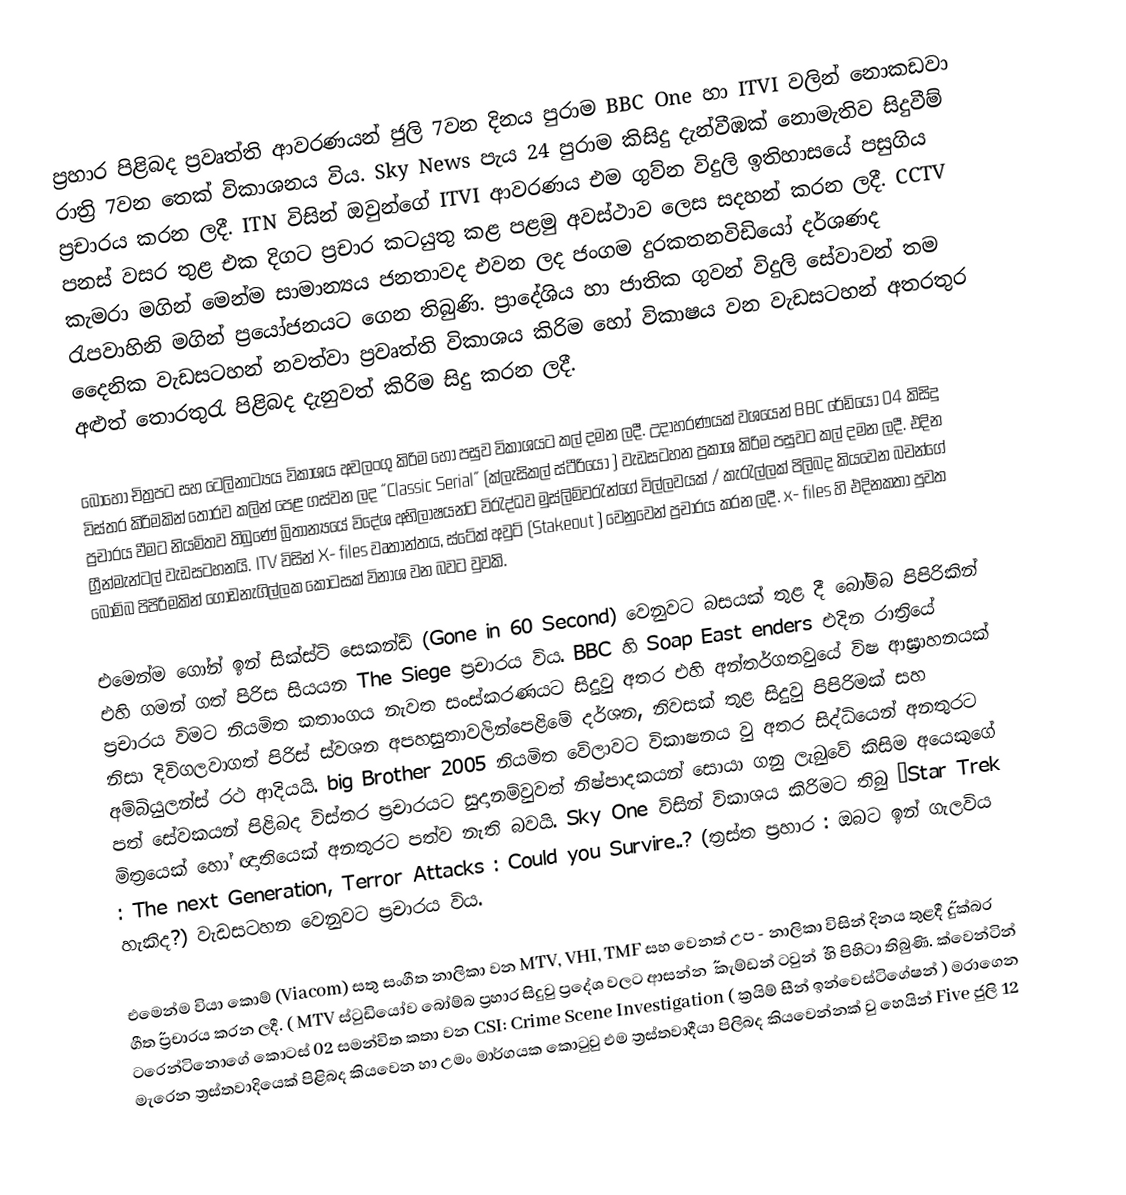
ප්‍රහාර පිළිබද ප්‍රවෘත්ති ආවරණයන් ජුලි 7වන දිනය පුරාම BBC One හා  ITVI වලින් නොකඩවා රාත්‍රි 7වන තෙක් විකාශනය විය.  Sky News  පැය 24 පුරාම කිසිදු දැන්වීඹක් නොමැතිව සිදුවීම් ප්‍රචාරය කරන ලදී.  ITN  විසින් ඔවුන්ගේ ITVI ආවරණය එම ගුව්න විදුලි ඉතිහාසයේ පසුගිය පනස් වසර තුළ එක දිගට ප්‍රචාර කටයුතු කළ  පළමු අවස්ථාව ලෙස  සදහන් කරන ලදී.  CCTV කැමරා මගින් මෙන්ම සාමාන්‍යය ජනතාවද එවන ලද ජංගම දුරකතනවිඩි‍යෝ දර්ශණද රැපවාහිනි මගින් ප්‍රයෝජනයට ගෙන තිබුණි. ප්‍රාදේශිය හා ජාතික ගුවන් විදුලි සේවාවන් තම දෛනික වැඩසටහන් නවත්වා ප්‍රවෘත්ති විකාශය කිරිම හෝ විකාෂය වන වැඩසටහන් අතරතුර අළුත් තොරතුරැ පිළිබද දැනුවත් කිරිම සිදු කරන ලදී.

බොහෝ චිත්‍රපට සහ ටෙලිනාට්‍යය විකාශය අවලංගු කිරිම හෝ පසුව විකාශයට කල් දමන ලදී. උදාහරණයක් වශයෙන්  BBC රේඩියෝ 04 කිසිදු විස්තර කිරිමකින් තොරව කලින් පෙළ ගස්වන ලද    ˝Classic Serial˝  (ක්ලැසිකල් ස්ටීරියෝ ) වැඩසටහන ප්‍රකාශ කිරිම පසුවට කල් දමන ලදී. එදින ප්‍රචාරය වීමට නියමිතව තිබුණේ බ්‍රිතාන්‍යයේ විදේශ අභිලාෂයන්ට විරැද්ධව  මුස්ලිම්වරැන්ගේ විල්ලවයක් / කැරැල්ලක් පිලිබද කියවෙන බචන්ගේ ග්‍රීන්මැන්ටල් වැඩසටහනයි.  ITV විසින්  X- files වෘතාන්තය, ස්ටේක් අවුට්  (Stakeout ) වෙනුවෙන් ප්‍රචාරය කරන ලදී. x- files  හි එදිනකතා පුවත බෝම්බ පිපිරිමකින් ගොඩනැගිල්ලක කොටසක් විනාශ වන බවට වුවකි.

එමෙන්ම ගෝන් ඉන් සික්ස්ටි සෙකන්ඩ් (Gone in 60 Second) වෙනුවට බසයක් තුළ දී බෝම්බ පිපිරිකින් එහි ගමන් ගත් පිරිස සියයන The Siege  ප්‍රචාරය විය. BBC හි  Soap East enders එදින රාත්‍රියේ ප්‍රචාරය විමට නියමිත කතාංගය නැවත සංස්කරණයට සිදුවු අතර එහි අන්තර්ගතවුයේ විෂ ආඝ්‍රාහනයක් නිසා දිවිගලවාගත් පිරිස් ස්වශන අපහසුතාවලින්පෙළිමේ දර්ශන, නිවසක් තුළ සිදුවු පිපිරිමක් සහ අම්බියුලන්ස් රථ ආදියයි. big Brother 2005 නියමිත වේලාවට විකාෂනය වු අතර සිද්ධියෙන් අනතුරට පත් සේවකයන් පිළිබද විස්තර ප්‍රචාරයට සුදානම්වුවත් නිෂ්පාදකයන් සොයා ගනු ලැබුවේ කිසිම අයෙකුගේ මිත්‍රයෙක් හෝ ඥාතියෙක් අනතුරට පත්ව නැති බවයි.  Sky One විසින් විකාශය කිරිමට තිබු “Star Trek : The next Generation, Terror Attacks : Could you Survire..? (ත්‍රස්ත ප්‍රහාර : ඔබට ඉන් ගැලවිය හැකිද?)  වැඩසටහන වෙනුවට ප්‍රචාරය විය.

එමෙන්ම වියා කොම් (Viacom) සතු සංගීත නාලිකා වන MTV, VHI, TMF  සහ වෙනත් උප - නාලිකා විසින් දිනය තුළදී ˝දුක්බර ගීත˝ ප්‍රචාරය කරන ලදී. ( MTV ස්ටුඩියෝව බෝම්බ ප්‍රහාර සිදුවු ප්‍රදේශ වලට  ආසන්න ˝ කැම්ඩන් ටවුන් ˝ හි පිහිටා තිබුණි. ක්වෙන්ටින් ටරෙන්ටිනොගේ කොටස් 02 සමන්විත කතා වන  CSI: Crime Scene Investigation ( ක්‍රයිම් සීන් ඉන්වෙස්ටිගේෂන් ) මරාගෙන මැරෙන ත්‍රස්තවාදියෙක් පිළිබද කියවෙන හා  උමං මාර්ගයක කොටුවු එම ත්‍රස්තවාදීයා පිලිබද කියවෙන්නක් වු හෙයින් Five ජුලි 12